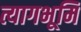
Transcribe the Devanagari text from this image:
त्यागभूमि